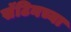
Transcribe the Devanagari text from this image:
सॅटिनच्या